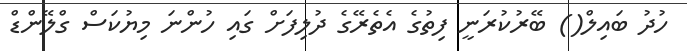
ހުދު ބައިލް() ބޭރުކުރަނީ ފިތުގެ އެތެރޭގެ ދުލިފަށް ގައި ހުންނަ މިޔުކަސް ގްލޭންޑް